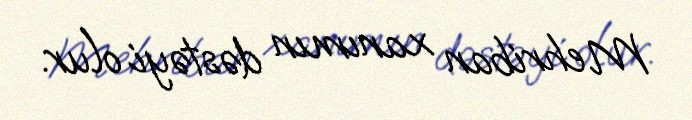
Mehriban xanımın dəstəyi olur.